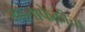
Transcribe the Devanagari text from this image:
भालाफेकीचा